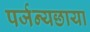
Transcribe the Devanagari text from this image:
पर्जन्यछाया